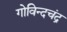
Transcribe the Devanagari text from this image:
गोविन्दचंद्र